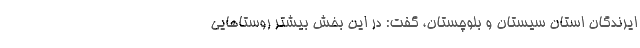
ایرندگان استان سیستان و بلوچستان، گفت: در این بخش بیشتر روستاهایی